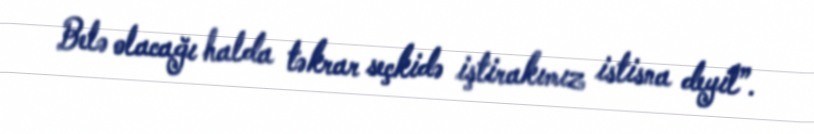
Belə olacağı halda təkrar seçkidə iştirakımız istisna deyil”.